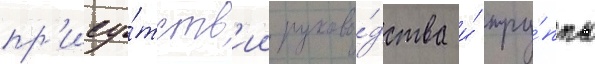
пр'ису́тств'ии руково́дства и́ тру́ппы